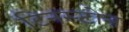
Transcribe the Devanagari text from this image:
टिनस्टोन